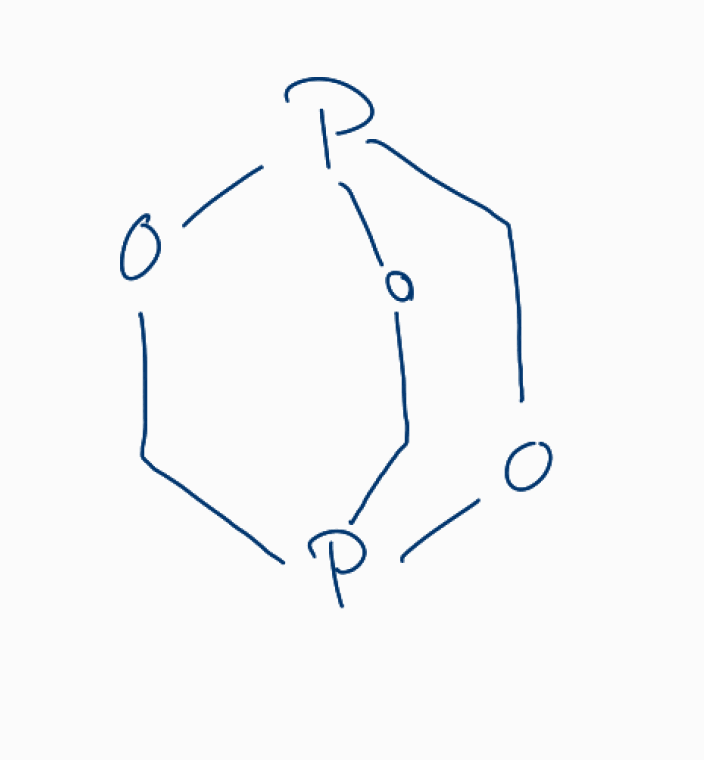
Simplified molecular-input line-entry system (SMILES) notation of the given molecule:
C1OP2COP1CO2